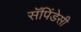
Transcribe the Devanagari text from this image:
सॅपिंडेसी